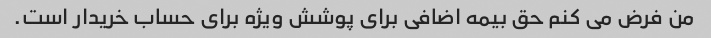
من فرض می کنم حق بیمه اضافی برای پوشش ویژه برای حساب خریدار است.